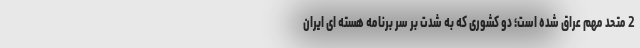
2 متحد مهم عراق شده است؛ دو کشوری که به شدت بر سر برنامه هسته ای ایران